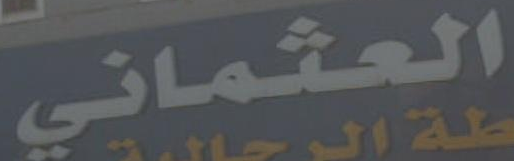
العثماني